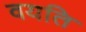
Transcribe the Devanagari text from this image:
वयति